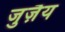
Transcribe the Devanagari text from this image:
जुज़ैय